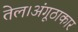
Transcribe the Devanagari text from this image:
तेल।अंगूठाकार